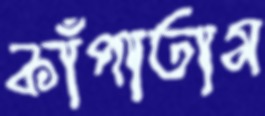
কাঁপাতাম